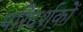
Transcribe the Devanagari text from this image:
परिदर्शकों